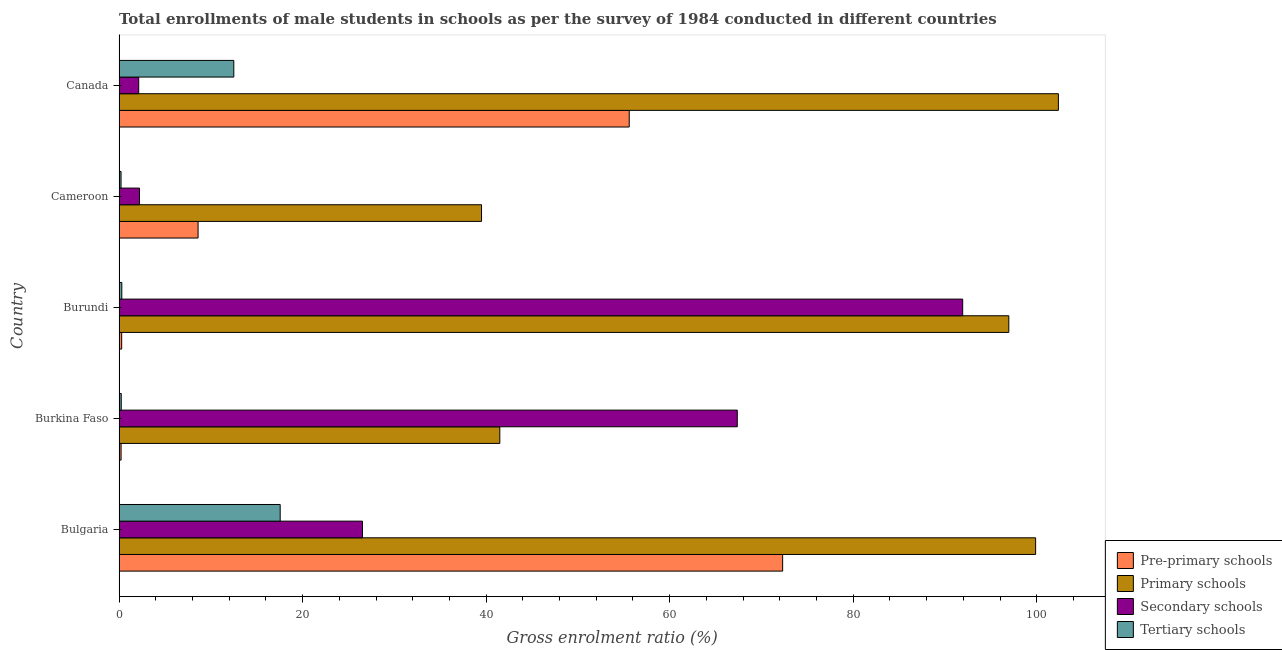
| Country | Pre-primary schools | Primary schools | Secondary schools | Tertiary schools |
 | --- | --- | --- | --- | --- |
 | Bulgaria | 72.3 | 99.9 | 26.5 | 17.6 |
 | Burkina Faso | 0.221 | 41.5 | 67.4 | 0.238 |
 | Burundi | 0.285 | 97 | 91.9 | 0.301 |
 | Cameroon | 8.61 | 39.5 | 2.23 | 0.217 |
 | Canada | 55.6 | 102 | 2.14 | 12.5 |